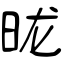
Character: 昽